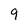
Character: 9